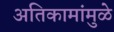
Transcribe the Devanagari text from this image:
अतिकामांमुळे